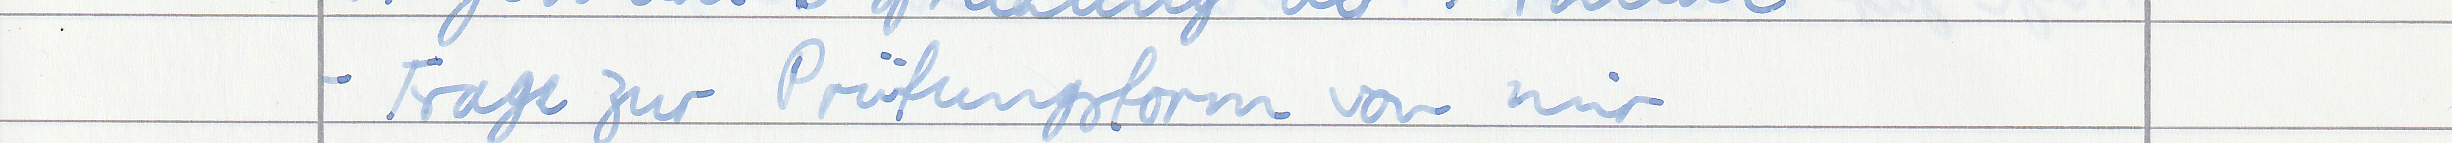
- Frage zur Prüfungsform von mir